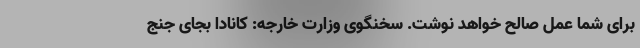
برای شما عمل صالح خواهد نوشت. سخنگوی وزارت خارجه: کانادا بجای جنج